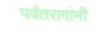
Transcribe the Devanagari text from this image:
पर्वतरागांनी